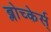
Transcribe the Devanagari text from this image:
ब्लोच्केर्स्